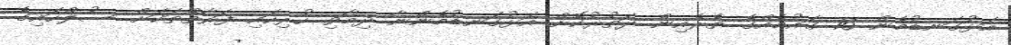
އަޅުގަނޑުމެން 16 ގައުމެއްގެ ތެރެއިން ދަތުރުކޮށް އަޅުގަނޑުމެންނާ ދިމާވި ހުރިހައި ފަރާތްތަކަށް ސުލްހައިގެ